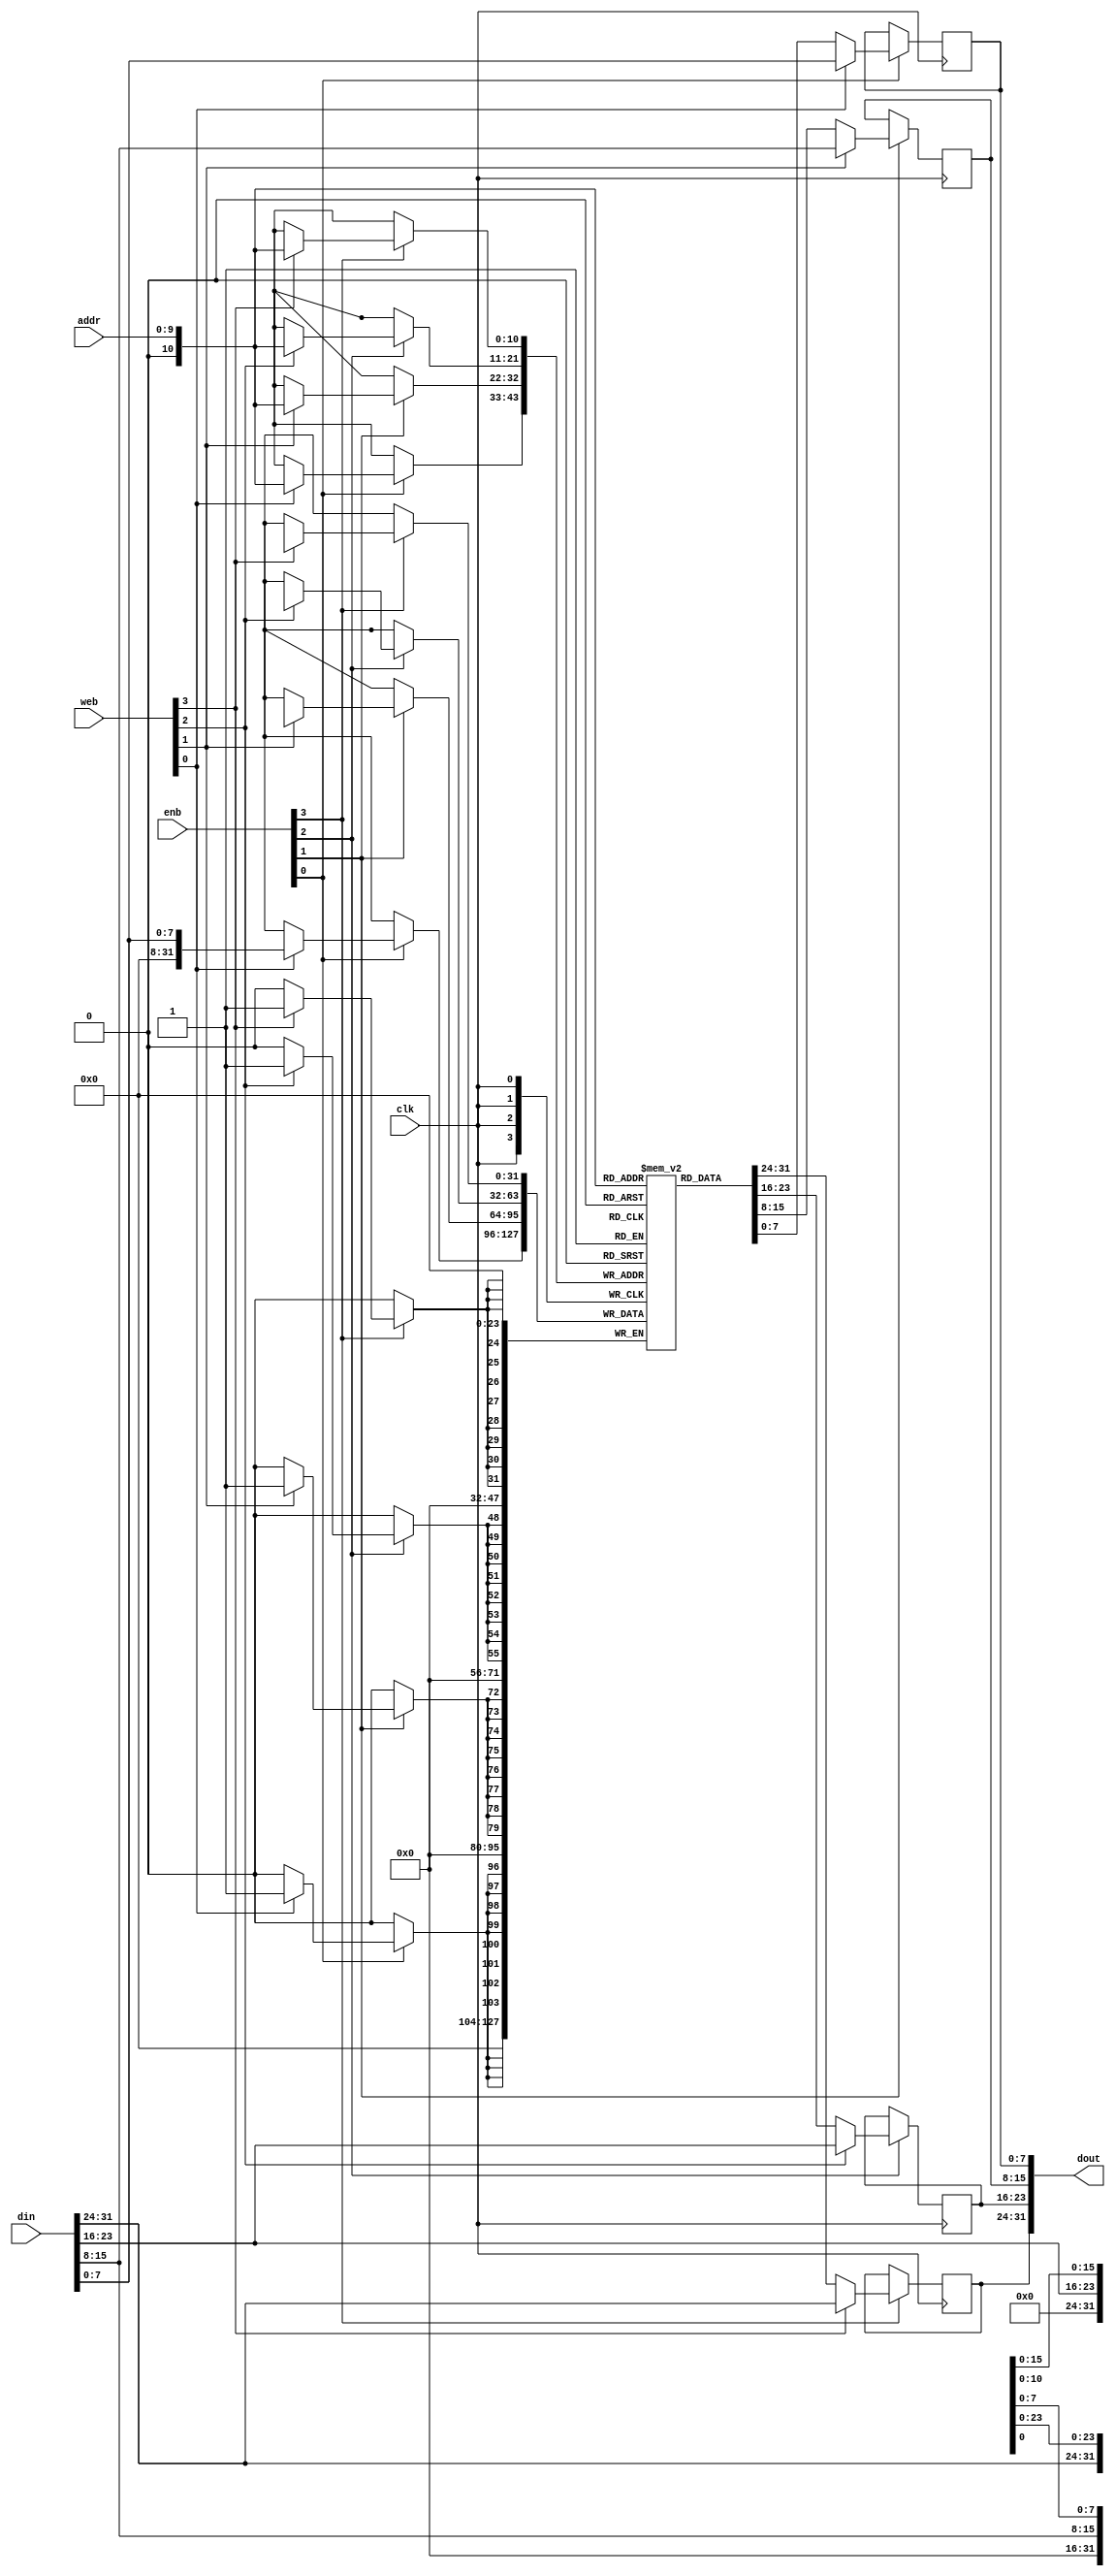
//****************************************************************************/
//  AMBA conponents
//  RTL IMPLEMENTATION, Synchronous Version
//
//  Copyright (C) yyyy  Ronan Barzic - rbarzic@gmail.com
//
//  This program is free software; you can redistribute it and/or
//  modify it under the terms of the GNU General Public License
//  as published by the Free Software Foundation; either version 2
//  of the License, or (at your option) any later version.
//
//  This program is distributed in the hope that it will be useful,
//  but WITHOUT ANY WARRANTY; without even the implied warranty of
//  MERCHANTABILITY or FITNESS FOR A PARTICULAR PURPOSE.  See the
//  GNU General Public License for more details.
//
//  You should have received a copy of the GNU General Public License
//  along with this program; if not, write to the Free Software
//  Foundation, Inc., 51 Franklin Street, Fifth Floor, Boston,MA 02110-1301,USA.
//
//
//
//  Description     :   32-bit, byte accessible synchronous RAM model,
//                      write first
//                     suitable for FPGA synthesis (Xilinx Block RAM)
//                     Source : ug901-vivado-synthesis-examples.zip
//
//****************************************************************************/



module sync_ram_wf_x32 (/*AUTOARG*/
   // Outputs
   dout,
   // Inputs
   clk, web, enb, addr, din
   );
   parameter ADDR_WIDTH = 10;

   input clk;
   input [3:0]web;
   input [3:0]enb;
   input [9:0] addr;
   input [31:0] din;
   output [31:0] dout;
   reg [31:0]    RAM [(2<<ADDR_WIDTH)-1:0];
   reg [31:0]    dout;

   always @(posedge clk)
     begin
        if (enb[0])
          begin
             if (web[0])
               begin
                  RAM[addr][7:0] <= din[7:0];
                  dout[7:0] <= din[7:0];
               end
             else begin
                dout[7:0] <= RAM[addr][7:0];
             end
          end
     end // always @ (posedge clk)
   always @(posedge clk)
     begin
        if (enb[1])
          begin
             if (web[1])
               begin
                  RAM[addr][15:8] <= din[15:8];
                  dout[15:8] <= din[15:8];
               end
             else begin
                dout[15:8] <= RAM[addr][15:8];
             end
          end
     end // always @ (posedge clk)

   always @(posedge clk)
     begin
        if (enb[2])
          begin
             if (web[2])
               begin
                  RAM[addr][23:16] <= din[23:16];
                  dout[23:16] <= din[23:16];
               end
             else begin
                dout[23:16] <= RAM[addr][23:16];
             end
          end
     end

   always @(posedge clk)
     begin
        if (enb[3])
          begin
             if (web[3])
               begin
                  RAM[addr][31:24] <= din[31:24];
                  dout[31:24] <= din[31:24];
               end
             else begin
                dout[31:24] <= RAM[addr][31:24];
             end
          end
     end



endmodule // sync_ram_wf
/*
 Local Variables:
 verilog-library-directories:(
 "."
 )
 End:
 */